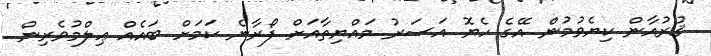
ޤުރުއާން ކިޔެވުމުން އޭގެ ހެޔޮ އަސަރު މައްޔިތާއަށް ފޯރާނެ ކަމަށް ބައެއް ޢިލްމުވެރިން